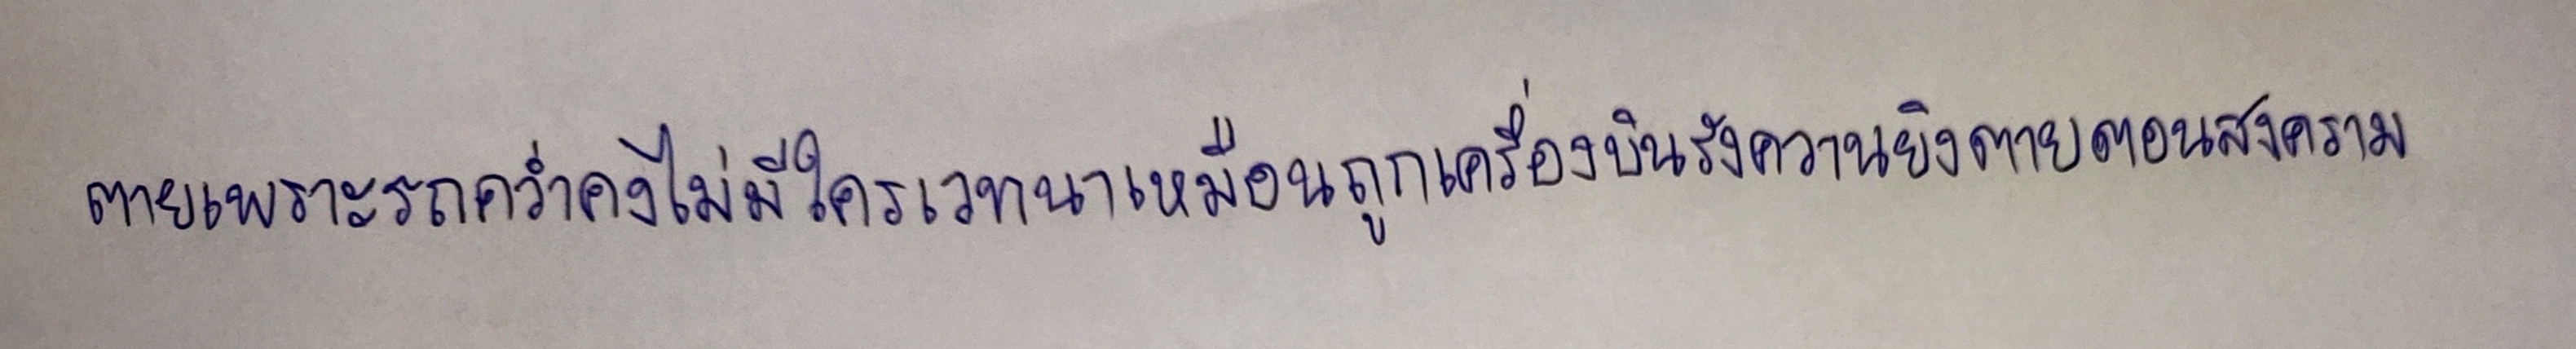
ตายเพราะรถคว่ำคงไม่มีใครเวทนาเหมือนถูกเครื่องบินรังควานยิงตายตอนสงคราม"